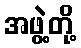
အဖွဲ့တို့